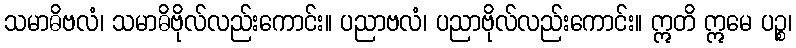
သမာဓိဗလံ၊ သမာဓိဗိုလ်လည်းကောင်း။ ပညာဗလံ၊ ပညာဗိုလ်လည်းကောင်း။ ဣတိ ဣမေ ပဉ္စ၊